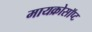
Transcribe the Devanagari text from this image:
मायक्रोसॉप्ट